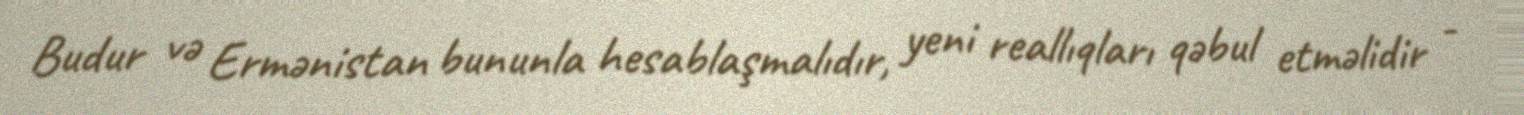
Budur və Ermənistan bununla hesablaşmalıdır, yeni reallıqları qəbul etməlidir -